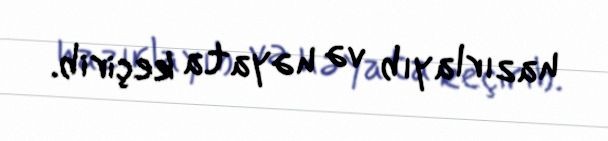
hazırlayıb və həyata keçirib.